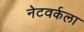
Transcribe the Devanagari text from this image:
नेटवर्कला